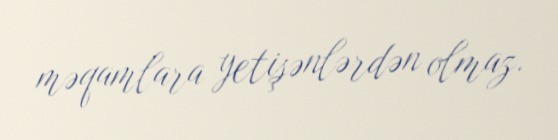
məqamlara yetişənlərdən olmaz.